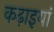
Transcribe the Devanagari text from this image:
कढ़ाइयां